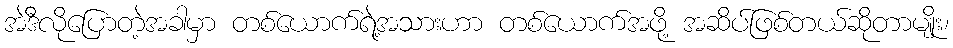
အဲဒီလိုပြောတဲ့အခါမှာ တစ်ယောက်ရဲ့အသားဟာ တစ်ယောက်အဖို့ အဆိပ်ဖြစ်တယ်ဆိုတာမျိုး၊